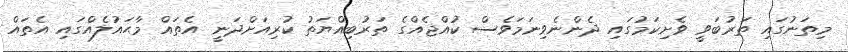
މިތަނުގައި ތަރުބަވީ ވެށިކަމުގައި ދެންނެވިނަމަވެސް ކުއްޖެއްގެ ތަރުބިއްޔަތު ކުރިއަށްދަނީ އެތައް މާޙައުލެއްގައި އެތައް